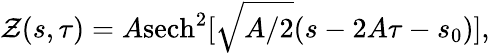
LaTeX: \mathcal{Z}(s,\tau)=A\mathrm{sech}^{2}[\sqrt{A/2}(s-2A\tau-s_{0})],